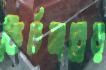
কির্চনারের